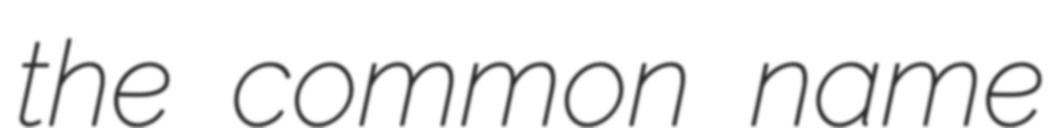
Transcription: the common name